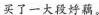
买了一大段好藕。